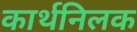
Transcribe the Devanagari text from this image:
कार्थनिलक